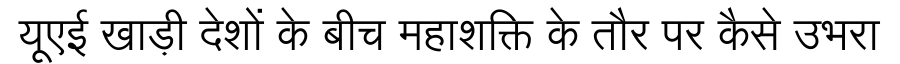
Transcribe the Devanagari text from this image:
यूएई खाड़ी देशों के बीच महाशक्ति के तौर पर कैसे उभरा